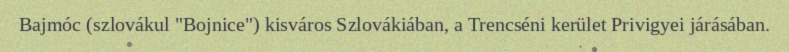
Bajmóc (szlovákul "Bojnice") kisváros Szlovákiában, a Trencséni kerület Privigyei járásában.